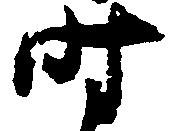
時